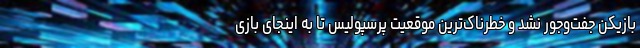
بازیکن جفت‌و‌جور نشد و خطرناک‌ترین موقعیت پرسپولیس تا به اینجای بازی